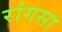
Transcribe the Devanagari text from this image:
रांगसा